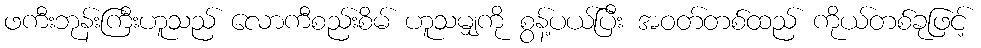
ဖကီးဘုန်းကြီးဟူသည် လောကီစည်းစိမ် ဟူသမျှကို စွန့်ပယ်ပြီး အဝတ်တစ်ထည် ကိုယ်တစ်ခုဖြင့်